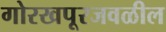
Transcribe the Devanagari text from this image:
गोरखपूरजवळील